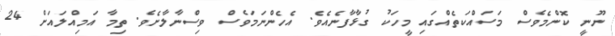
ނޫނީ ކޮންމެވެސް މަސައްކަތެއްގައި މީހަކު ގުޅާފާނެއެވެ. އެހެންނަމަވެސް ވިސްނާލާށެވެ. ތިމާ އަމިއްލައަށް 24